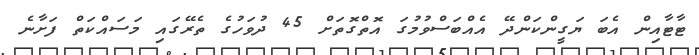
ޓާޓާއިން އެބަ ޔަގީންކަންދޭ އެއްބަސްވުމުގަ އޮތްގޮތަށް 45 ދުވަހުގެ ތެރޭގައި މަސައްކަތް ފަށާނެ